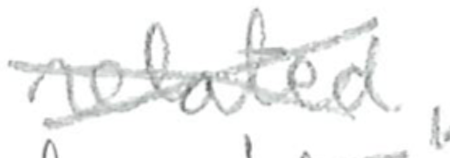
Text: related,
Cross-out: cross
Writing tool: pencil